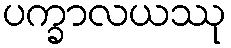
ပက္ခာလယဿု